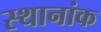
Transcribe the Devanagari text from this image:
स्थानांक